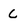
Character: C